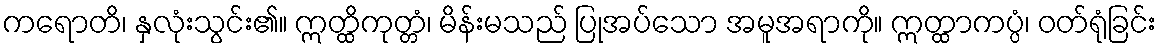
ကရောတိ၊ နှလုံးသွင်း၏။ ဣတ္ထိကုတ္တံ၊ မိန်းမသည် ပြုအပ်သော အမူအရာကို။ ဣတ္ထာကပ္ပံ၊ ဝတ်ရုံခြင်း